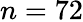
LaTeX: n=72